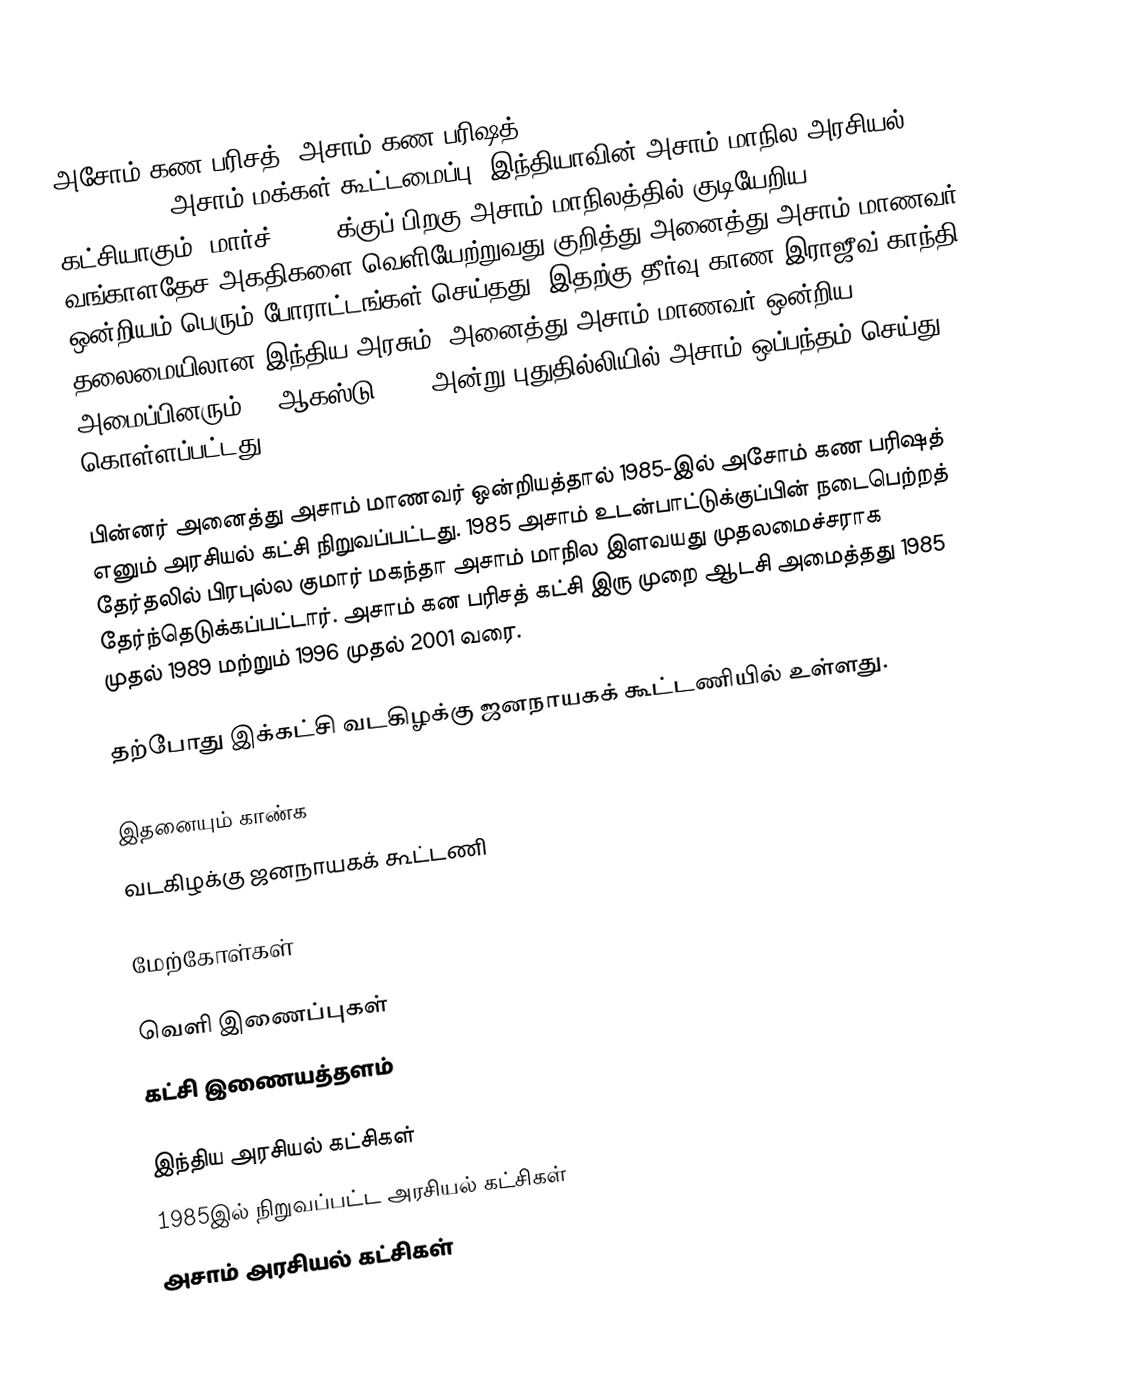
அசோம் கண பரிசத்- அசாம் கண பரிஷத் (Asom Gana Parishad-Assam Peoples Association-அசாம் மக்கள் கூட்டமைப்பு) இந்தியாவின் அசாம் மாநில அரசியல் கட்சியாகும். மார்ச், 1971-க்குப் பிறகு அசாம் மாநிலத்தில் குடியேறிய வங்காளதேச அகதிகளை வெளியேற்றுவது குறித்து அனைத்து அசாம் மாணவர் ஒன்றியம் பெரும் போராட்டங்கள் செய்தது. இதற்கு தீர்வு காண இராஜீவ் காந்தி தலைமையிலான இந்திய அரசும், அனைத்து அசாம் மாணவர் ஒன்றிய அமைப்பினரும் 15 ஆகஸ்டு 1985 அன்று புதுதில்லியில் அசாம் ஒப்பந்தம் செய்து கொள்ளப்பட்டது.

பின்னர் அனைத்து அசாம் மாணவர் ஒன்றியத்தால் 1985-இல் அசோம் கண பரிஷத் எனும் அரசியல் கட்சி நிறுவப்பட்டது. 1985 அசாம் உடன்பாட்டுக்குப்பின் நடைபெற்றத் தேர்தலில் பிரபுல்ல குமார் மகந்தா அசாம் மாநில இளவயது முதலமைச்சராக தேர்ந்தெடுக்கப்பட்டார். அசாம் கன பரிசத் கட்சி இரு முறை ஆடசி அமைத்தது 1985 முதல் 1989 மற்றும் 1996 முதல் 2001 வரை.

தற்போது இக்கட்சி வடகிழக்கு ஜனநாயகக் கூட்டணியில் உள்ளது.

இதனையும் காண்க
 வடகிழக்கு ஜனநாயகக் கூட்டணி

மேற்கோள்கள்

வெளி இணைப்புகள்
 கட்சி இணையத்தளம்

இந்திய அரசியல் கட்சிகள்
1985இல் நிறுவப்பட்ட அரசியல் கட்சிகள்
அசாம் அரசியல் கட்சிகள்